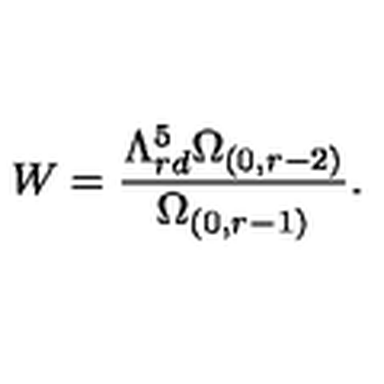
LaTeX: W = \frac { \Lambda _ { r d } ^ { 5 } \Omega _ { ( 0 , r - 2 ) } } { \Omega _ { ( 0 , r - 1 ) } } .